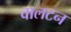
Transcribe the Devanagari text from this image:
वालटन